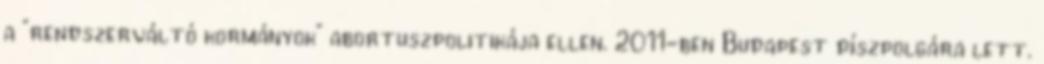
a "rendszerváltó kormányok" abortuszpolitikája ellen. 2011-ben Budapest díszpolgára lett.